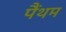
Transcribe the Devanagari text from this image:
पैंथम